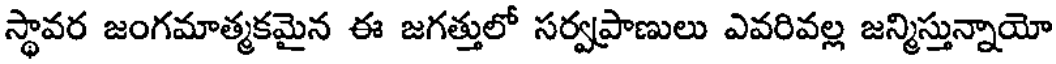
స్థావర జంగమాత్మకమైన ఈ జగత్తులో సర్వప్రాణులు ఎవరివల్ల జన్మిస్తున్నాయో